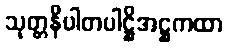
သုတ္တနိပါတပါဋ္ဌိအဋ္ဌကထာ